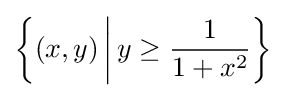
\left\{(x,y)\mathop {\bigg |} y\geq {\frac {1}{1+x^{2}}}\right\}